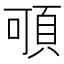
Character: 𩑸